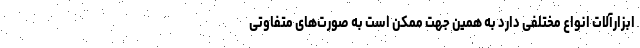
ابزارآلات انواع مختلفی دارد به همین جهت ممکن است به صورت‌های متفاوتی